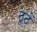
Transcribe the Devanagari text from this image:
ठूठें